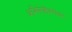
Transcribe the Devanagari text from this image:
अभिनेत्रींबरोबर